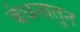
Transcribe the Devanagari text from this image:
बंधनातुन